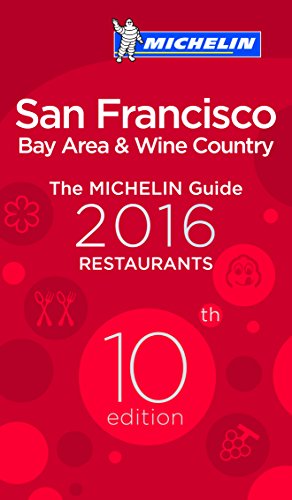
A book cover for MICHELIN Guide San Francisco 2016: Bay Area & Wine Country (Michelin Guide/Michelin); Michelin; Travel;